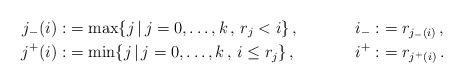
LaTeX: \begin{align*} j_-(i):&=\max\{ j\,|\,j=0,\ldots,k\,,\, r_j<i\}\,, & i_-:&=r_{j_-(i)}\,,\\ j^+(i):&=\min\{ j\,|\, j=0,\ldots,k\,,\, i\le r_j\}\,, & i^+:&=r_{j^+(i)} \,.\end{align*}